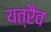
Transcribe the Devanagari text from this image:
यत्रैव